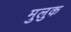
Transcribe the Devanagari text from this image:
मुलुक